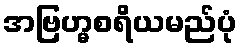
အဗြဟ္မစရိယမည်ပုံ